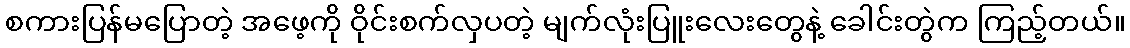
စကားပြန်မပြောတဲ့ အဖေ့ကို ဝိုင်းစက်လှပတဲ့ မျက်လုံးပြူးလေးတွေနဲ့ ခေါင်းတွဲက ကြည့်တယ်။